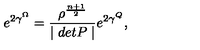
e ^ { 2 \gamma ^ { \Omega } } = \frac { \rho ^ { \frac { n + 1 } { 2 } } } { \mid d e t P \mid } e ^ { 2 \gamma ^ { Q } } ,